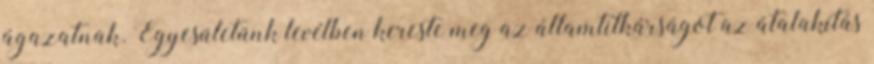
ágazatnak. Egyesületünk levélben kereste meg az államtitkárságot az átalakítás